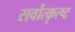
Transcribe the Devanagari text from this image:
सर्वोत्कृत्ष्ट